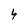
Character: 4